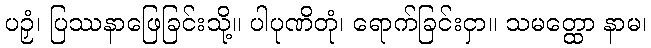
ပဉှံ၊ ပြဿနာဖြေခြင်းသို့။ ပါပုဏိတုံ၊ ရောက်ခြင်းငှာ။ သမတ္ထော နာမ၊